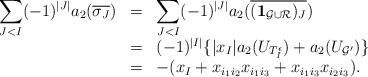
\begin{align*} \begin{array}{rcl}\displaystyle \sum_{J<I}(-1)^{|J|} a_2({\overline{\sigma_J}}) &=& \displaystyle\sum_{J<I}(-1)^{|J|}a_2(\overline{{({\bf 1}_{\mathcal{G} \cup \mathcal{R}})_J}}) \\&=& (-1)^{|I|} \{ |x_{I}| a_2(U_{T_{I}^\epsilon }) + a_2(U_{\mathcal{G}'}) \} \\&=& - (x_{I} + x_{i_1i_2}x_{i_1i_3} + x_{i_1i_3}x_{i_2i_3} ). \\ \end{array}\end{align*}